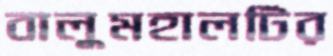
বালুমহালটির